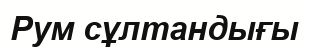
Рум сұлтандығы